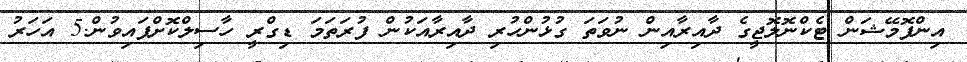
އިންފޮމޭޝަން ޓެކްނޮލޮޖީގެ ދާއިރާއިން ނުވަތަ ގުޅުންހުރި ދާއިރާއަކުން ފުރަތަމަ ޑިގްރީ ހާސިލްކޮށްފައިވުން.5 އަހަރު